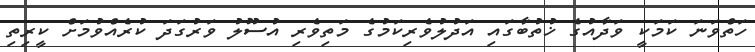
ހަތްވަނަ ކަމަކީ ވަދާއުގެ ޚުތުބާގައި އަދުލުވެރިކަމުގެ މަތިވެރި އުސޫލު ވަރުގަދަ ކުރެއްވުމަށް ކީރިތި